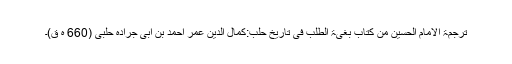
ترجمۃ الامام الحسین من کتاب بغیۃ الطلب فی تاریخ حلب:کمال الدین عمر احمد بن ابی جرادہ حلبی (660 ہ ق)۔